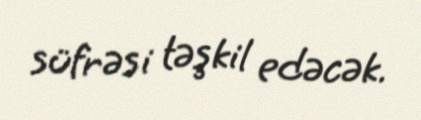
süfrəsi təşkil edəcək.